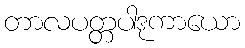
တာလပတ္တပါဒုကာယော